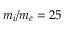
m _ { i } / m _ { e } = 2 5